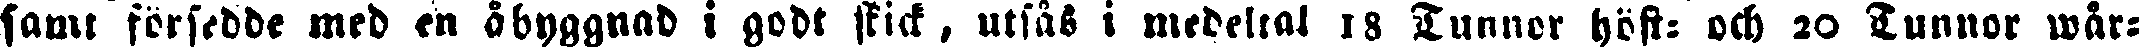
samt försedde med en åbyggnad i godt skick, utsås i medeltal 18 Tunnor höst- och 20 Tunnor wår-